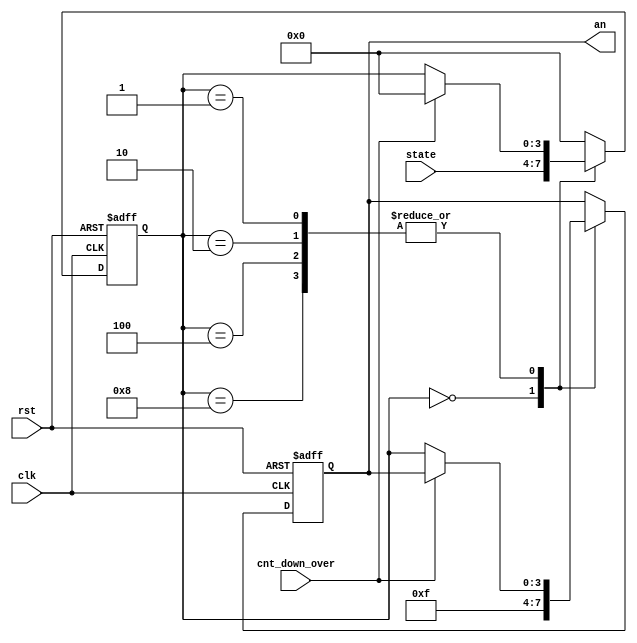
`timescale 1ns / 1ps
//////////////////////////////////////////////////////////////////////////////////
// Company: 
// Engineer: 
// 
// Design Name: 
// Module Name: show_who
// Project Name: 
// Target Devices: 
// Tool Versions: 
// Description: 
// 
// Dependencies: 
// 
// Revision:
// Revision 0.01 - File Created
// Additional Comments:
// 
//////////////////////////////////////////////////////////////////////////////////


module show_who (
    input clk,
    input rst,
    input [3:0] state,
    input cnt_down_over,
    output reg [3:0] an
);
  reg [3:0] pos;
  always @(posedge clk or posedge rst) begin
    if (rst) begin
      pos <= 4'd0;
      an  <= 4'hf;
    end else
      case (pos)
        4'd0: begin
          an  <= 4'hf;
          pos <= state;
        end 
        4'd1, 4'd2, 4'd4, 4'd8:
        if (cnt_down_over) begin
          pos <= 4'd0;
        end else an <= pos;
        default: pos <= 4'd0;
      endcase
  end
endmodule